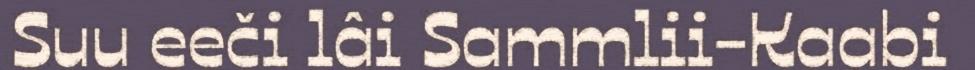
Suu eeči lâi Sammlii-Kaabi